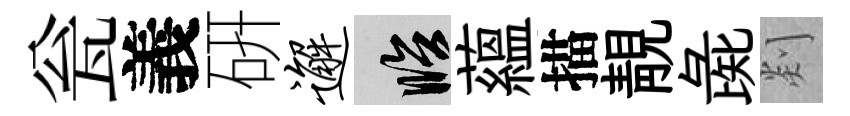
瓮義硏邂臨蘊描靚彘剡